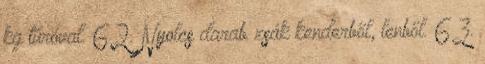
kg túróval. 62. Nyolcs darab zsák kenderből, lenből. 63.